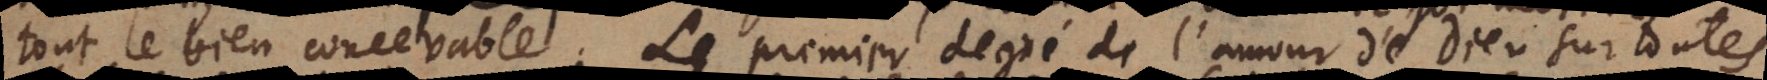
tout le bien concevable. Le premier degré de l’amour de Dieu sur toutes